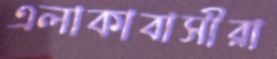
এলাকাবাসীরা